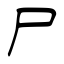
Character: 尸